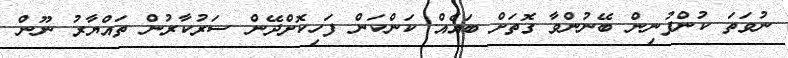
ނުވަތަ ކުންފުނިން ބޭނުންވާ ގޮތަށް ބައެއް ކަންކަން ފަހިކޮށްދޭން ސަރުކާރުން ތައްޔާރު ނޫން